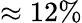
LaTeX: \approx 12\%